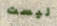
ليست